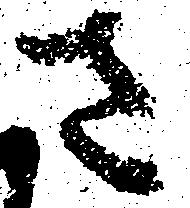
さ